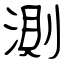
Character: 測